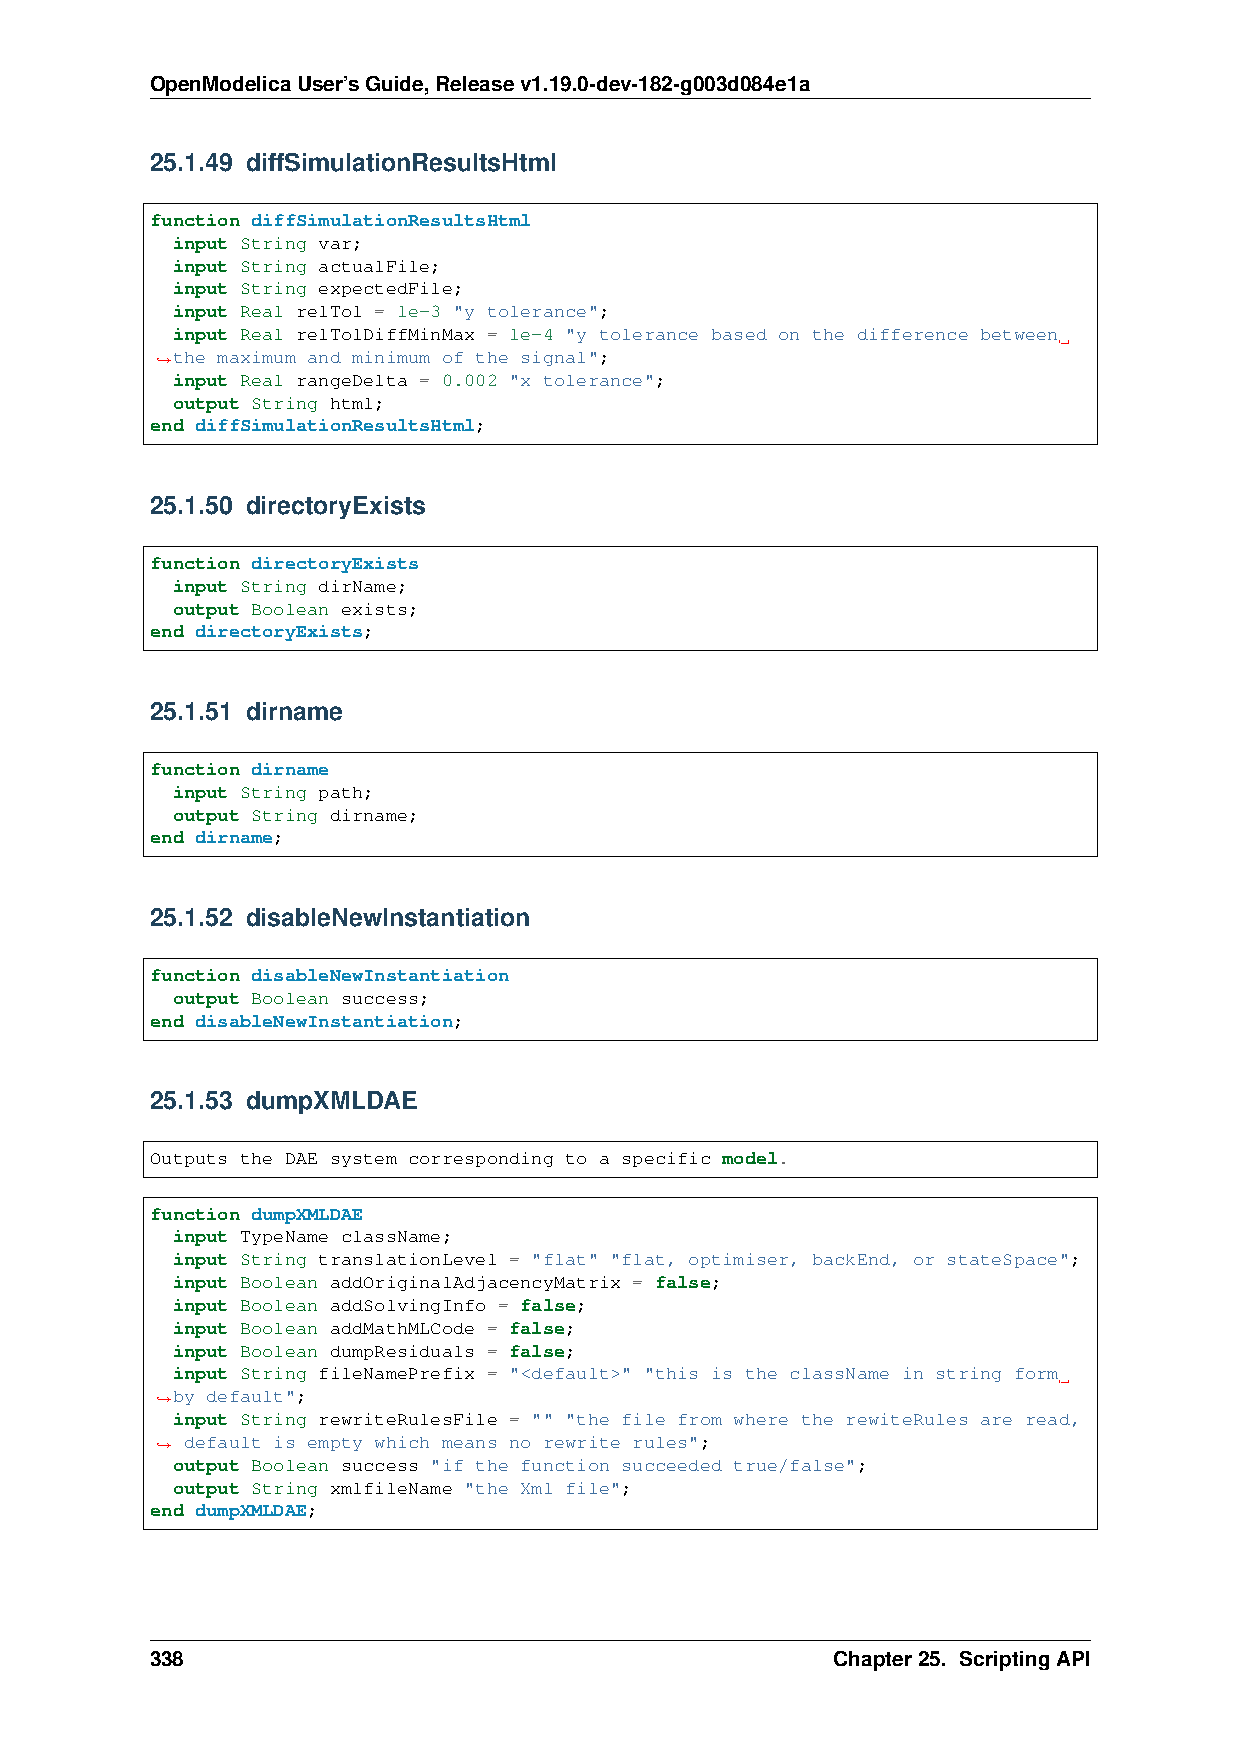
OpenModelicaUser’sGuide,Releasev1.19.0-dev-182-g003d084e1a
 25.1.49 diffSimulationResultsHtml
 function diffSimulationResultsHtml
 input String var;
 input String actualFile;
 input String expectedFile;
 input Real relTol = 1e-3 "y tolerance";
 input Real relTolDiffMinMax = 1e-4 "y tolerance based on the difference between
 the maximum and minimum of the signal";
 ˓→
 input Real rangeDelta = 0.002 "x tolerance";
 output String html;
 end diffSimulationResultsHtml;
 25.1.50 directoryExists
 function directoryExists
 input String dirName;
 output Boolean exists;
 end directoryExists;
 25.1.51 dirname
 function dirname
 input String path;
 output String dirname;
 end dirname;
 25.1.52 disableNewInstantiation
 function disableNewInstantiation
 output Boolean success;
 end disableNewInstantiation;
 25.1.53 dumpXMLDAE
 Outputs the DAE system corresponding to a specific model.
 function dumpXMLDAE
 input TypeName className;
 input String translationLevel = "flat" "flat, optimiser, backEnd, or stateSpace";
 input Boolean addOriginalAdjacencyMatrix = false;
 input Boolean addSolvingInfo = false;
 input Boolean addMathMLCode = false;
 input Boolean dumpResiduals = false;
 input String fileNamePrefix = "<default>" "this is the className in string form
 by default";
 ˓→
 input String rewriteRulesFile = "" "the file from where the rewiteRules are read,
 default is empty which means no rewrite rules";
 ˓→
 output Boolean success "if the function succeeded true/false";
 output String xmlfileName "the Xml file";
 end dumpXMLDAE;
 338                                          Chapter25. ScriptingAPI